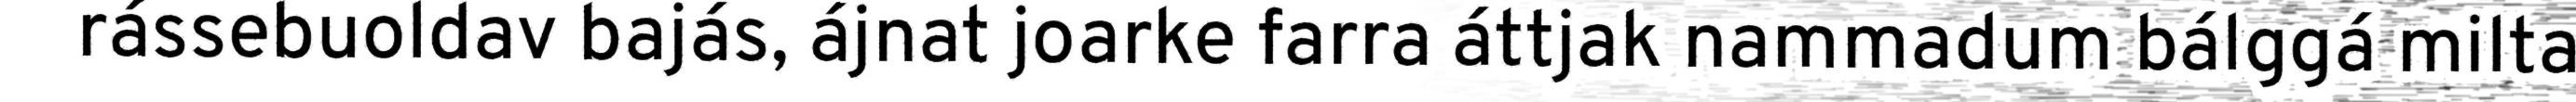
rássebuoldav bajás, ájnat joarke farra áttjak nammadum bálggá milta